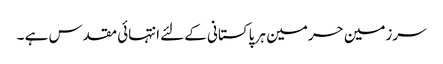
سرزمین حرمین ہر پاکستانی کےلئے انتہائی مقدس ہے ۔